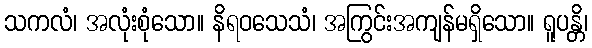
သကလံ၊ အလုံးစုံသော။ နိရဝသေသံ၊ အကြွင်းအကျန်မရှိသော။ ရူပန္တိ၊